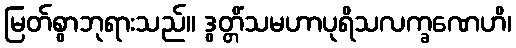
မြတ်စွာဘုရားသည်။ ဒွတ္တိံသမဟာပုရိသလက္ခဏေဟိ၊